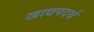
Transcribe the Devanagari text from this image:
खाद्यपदर्थ